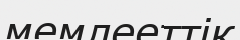
мемлееттік